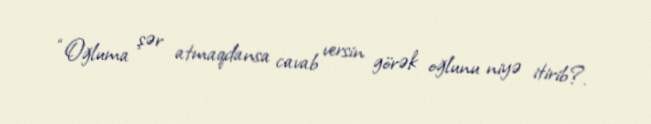
“Oğluma şər atmaqdansa cavab versin görək oğlunu niyə itirib?.